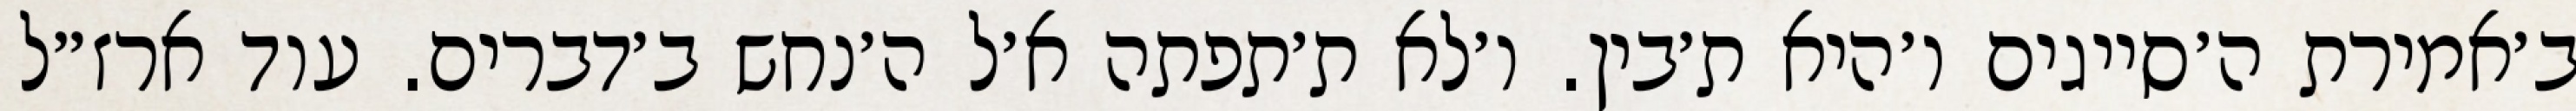
ב׳אמירת ה׳סייגים ו׳היא ת׳בין. ו׳לא ת׳תפתה א׳ל ה׳נחש ב׳דברים. עוד ארז״ל